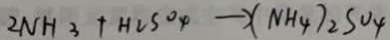
2 N H _ { 3 } + H _ { 2 } S O _ { 4 } \rightarrow ( N H _ { 4 } ) _ { 2 } S O _ { 4 }